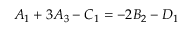
A _ { 1 } + 3 A _ { 3 } - C _ { 1 } = - 2 B _ { 2 } - D _ { 1 }